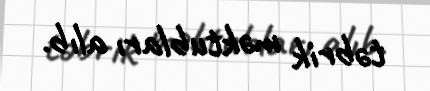
təbrik məktubları alıb.